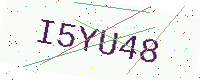
Text: I5YU48